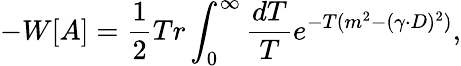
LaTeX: -W[A]={\frac{1}{2}}Tr\int_{0}^{\infty}\frac{dT}{T}e^{-T(m^{2}-(\gamma\cdot D)^{2})},